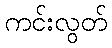
ကင်းလွတ်